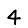
Digit: 4